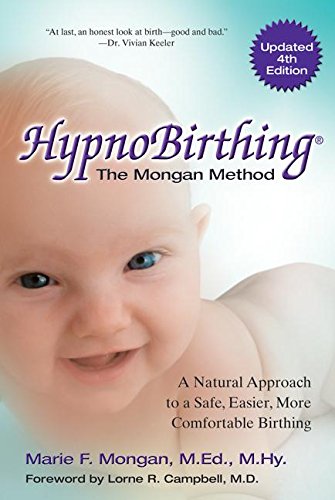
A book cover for HypnoBirthing, Fourth Edition: The natural approach to safer, easier, more comfortable birthing - The Mongan Method, 4th Edition; Marie Mongan; Parenting & Relationships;